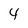
Character: 4